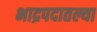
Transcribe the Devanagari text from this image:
भाद्रपदातल्या